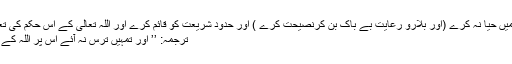
امور دینیہ میں حیا نہ کرے (اور بلارو رعایت بے باک بن کرنصیحت کرے ) اور حدودِ شریعت کو قائم کرے اور اللہ تعالیٰ کے اس حکم کی تعمیل کرے:
ترجمہ: ’’ اور تمہیں ترس نہ آئے اس پر اللہ کے دین میں ‘‘۔